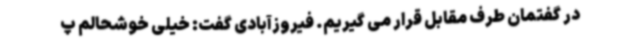
در گفتمان طرف مقابل قرار می گیریم. فیروزآبادی گفت: خیلی خوشحالم پ